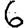
Digit: 6